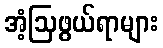
အံ့ဩဖွယ်ရာများ